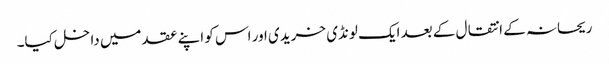
ریحانہ کے انتقال کے بعد ایک لونڈی خریدی اور اس کو اپنے عقد میں داخل کیا۔